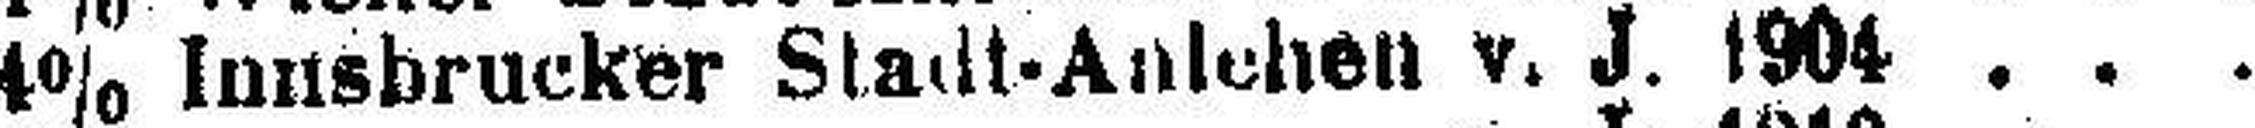
4% Innsbrucker Stadt-Anlehen v. J. 1904